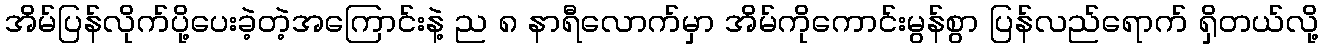
အိမ်ပြန်လိုက်ပို့ပေးခဲ့တဲ့အကြောင်းနဲ့ ည ၈ နာရီလောက်မှာ အိမ်ကိုကောင်းမွန်စွာ ပြန်လည်ရောက် ရှိတယ်လို့